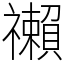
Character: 䄤